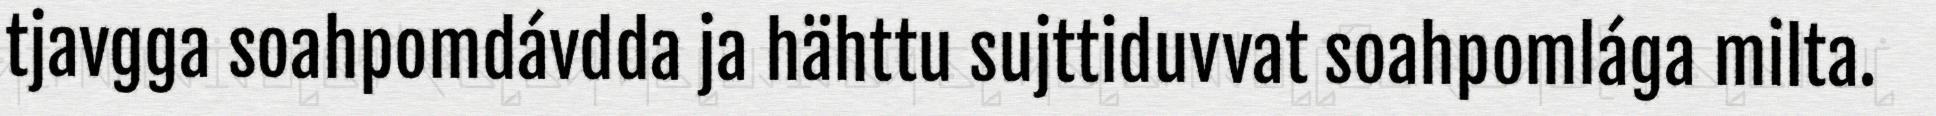
tjavgga soahpomdávdda ja hähttu sujttiduvvat soahpomlága milta.